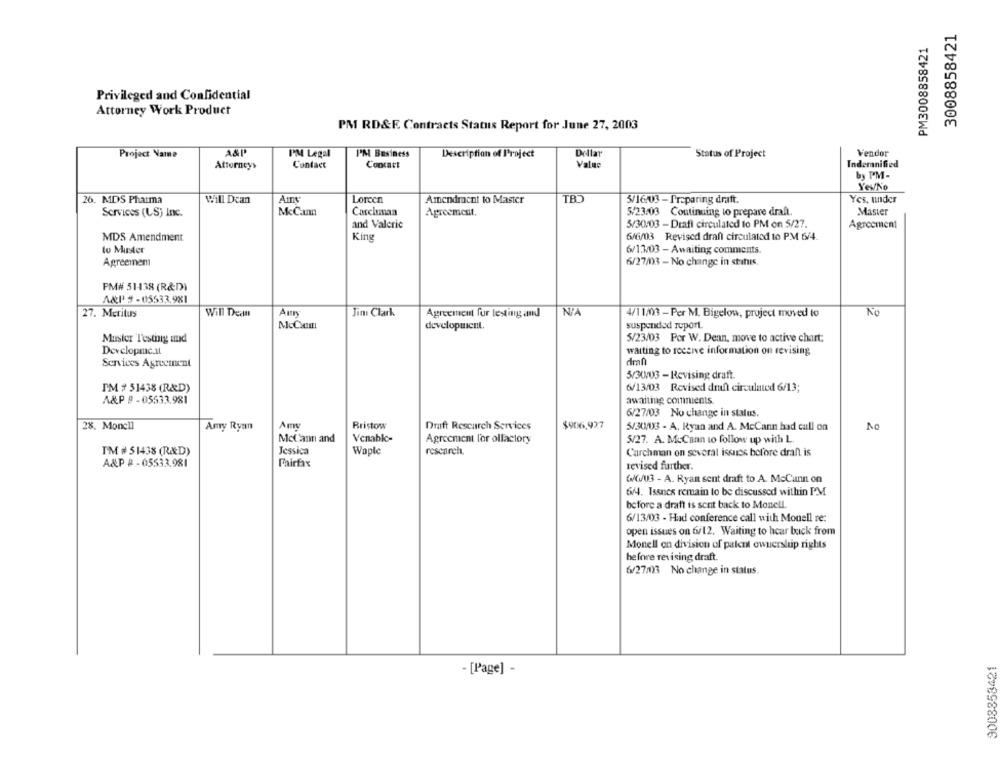
3008858421
PM3008858421
Privileged and Confidential
Attorney Work Product
PM RD&E. Contracts Status Report for June 27, 2003
A&P'
PM Legal
Dellar
Vendor
Project Name
PM Business
Description of Project
Status of Project
Attorneys
Contact
Concart
Value
Indemnified
by PM-
Yes/No
Will Dcan
Amy
Loreen
Amendment to Master
TBD
Yes, under
26. MDS Pharma
5/16.03 - Preparing draft.
Services (LS) Inc.
McCann
Carchman
Agreement.
5/23/03 Continuing to prepare draft.
Master
and Valeric
5/30/03 - Drafi circulated to PM on 5/27.
Agreement
MDS Amendment
King
646/03 Revised draft circulated to PM 6/4.
lo Muster
6/13/03 - Awaiting comments.
Agreemem
6/27/03 - No change in status.
PM# 51438 (R&D)
A&P # -05533.981
27. Meritus
Aur
Jim Clark
No
Will Dean
Agreement for testing and
4/11/03 - Per M. Bigelow, project moved to
MeCHI
development.
suspended report.
Muster Testing and
5/23/03 Por W. Denn, move to active chart;
Developme.il
waiting to receive information on revising
Services Agreement
dmn
5/30/03 - Revising draft.
PM # 51438 (R&D)
6/13/03 Revised draft circulated 6/13;
A&P # -05533.981
awaiting comments.
6/27/03 No change in status.
28. Moncl]
Amy Ryan
Bristow
Draft Rescarch Services
$906.927
5/30/03 - A. Ryan and A. McCann had call on
No
McCann and
Venable-
Agreement l'or olfactory
5/27. A. McCann to follow up with L.
Jessica
research.
TM # 51438 (R&D)
Waple
Carchman on several issuss before draft. is
A&P #-05533.981
Fairfax
revised further.
6/6/03 - A. Ryan sent draft to A. McCann on
6/4. Issncs remain to be discussed within PM
before a draft is sent back to Monell.
6/13/03 - Had conference call with Monell re:
open issues on 6/12. Waiting to hear back from
Monell on division of patent ownerslup rights
hefore revising draft.
6/27/03 No change in status.
9008853421
- [Page] -